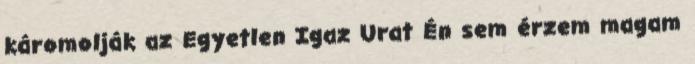
káromolják az Egyetlen Igaz Urat Én sem érzem magam